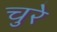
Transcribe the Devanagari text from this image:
चुरे